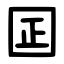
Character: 囸